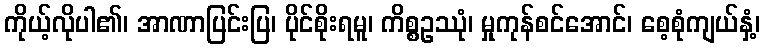
ကိုယ့်လိုပါ၏၊ အာဏာပြင်းပြ၊ ပိုင်စိုးရမူ၊ ကိစ္စဥဿုံ၊ မှုကုန်စင်အောင်၊ စေ့စုံကျယ်နှံ့၊